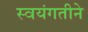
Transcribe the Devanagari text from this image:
स्वयंगतीने